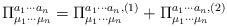
\begin{align*}\Pi_{\mu_{1}\cdots \mu_{n}}^{a_{1}\cdots a_{n}} = \Pi_{\mu_{1}\cdots \mu_{n}}^{a_{1}\cdots a_{n}, (1)} + \Pi_{\mu_{1}\cdots\mu_{n}}^{a_{1}\cdots a_{n},(2)}\end{align*}